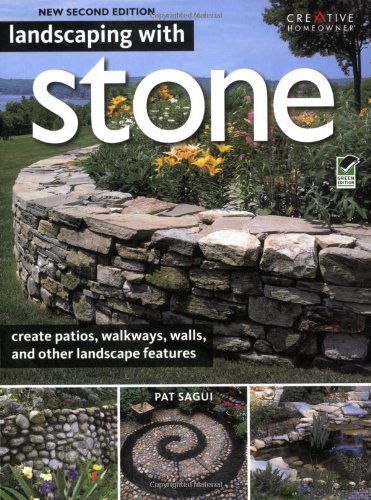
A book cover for Landscaping with Stone, 2nd Edition; Pat Sagui; Crafts, Hobbies & Home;